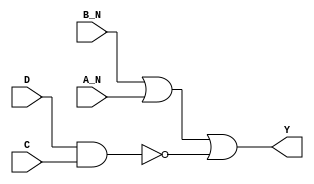
module sky130_fd_sc_ms__nand4bb (
    Y  ,
    A_N,
    B_N,
    C  ,
    D
);

    // Module ports
    output Y  ;
    input  A_N;
    input  B_N;
    input  C  ;
    input  D  ;

    // Local signals
    wire nand0_out;
    wire or0_out_Y;

    //   Name   Output     Other arguments
    nand nand0 (nand0_out, D, C               );
    or   or0   (or0_out_Y, B_N, A_N, nand0_out);
    buf  buf0  (Y        , or0_out_Y          );

endmodule